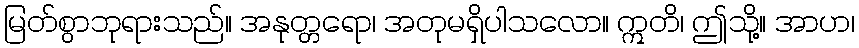
မြတ်စွာဘုရားသည်။ အနုတ္တရော၊ အတုမရှိပါသလော။ ဣတိ၊ ဤသို့။ အာဟ၊